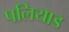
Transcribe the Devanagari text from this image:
पलियाड